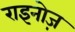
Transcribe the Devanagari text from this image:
राइनोज़